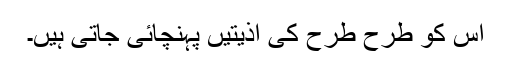
اُس کو طرح طرح کی اذیتیں پہنچائی جاتی ہیں۔